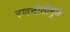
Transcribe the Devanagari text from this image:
रणनीतीमुळे